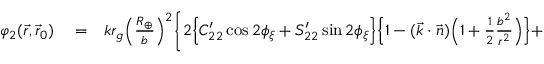
\begin{array} { r l r } { \varphi _ { 2 } ( \vec { r } , \vec { r } _ { 0 } ) } & { { } = } & { k r _ { g } \Big ( \frac { R _ { \oplus } } { b } \Big ) ^ { 2 } \bigg \{ 2 \Big \{ C _ { 2 2 } ^ { \prime } \cos 2 \phi _ { \xi } + S _ { 2 2 } ^ { \prime } \sin 2 \phi _ { \xi } \Big \} \Big \{ 1 - ( { \vec { k } } \cdot { \vec { n } } ) \Big ( 1 + { \textstyle \frac { 1 } { 2 } } \frac { b ^ { 2 } } { r ^ { 2 } } \Big ) \Big \} + } \end{array}